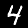
Label: 4